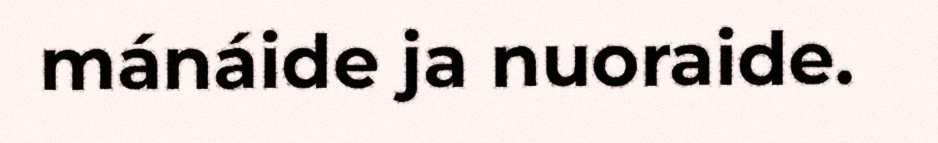
mánáide ja nuoraide.